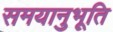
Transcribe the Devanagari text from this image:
समयानुभूति